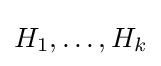
H_{1},\dots ,H_{k}